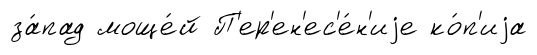
за́пад моще́й П'ер'ен'ес'е́н'иjе ко́п'иjа